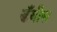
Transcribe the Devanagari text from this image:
डँबीस